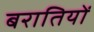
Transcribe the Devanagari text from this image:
बरातियों